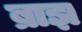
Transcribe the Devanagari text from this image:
ब्राझ